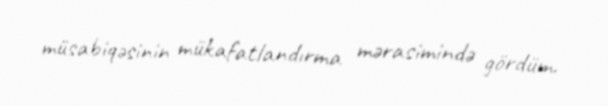
müsabiqəsinin mükafatlandırma mərasimində gördüm.